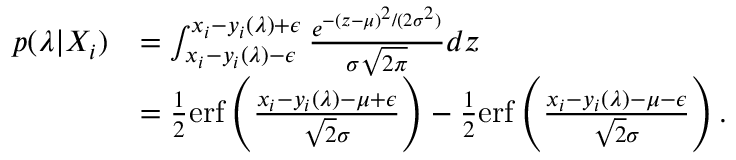
\begin{array} { r l } { p ( \boldsymbol { \lambda } | X _ { i } ) } & { = \int _ { x _ { i } - y _ { i } ( \boldsymbol { \lambda } ) - \epsilon } ^ { x _ { i } - y _ { i } ( \boldsymbol { \lambda } ) + \epsilon } \frac { e ^ { - ( z - \mu ) ^ { 2 } / ( 2 \sigma ^ { 2 } ) } } { \sigma \sqrt { 2 \pi } } d z } \\ & { = \frac { 1 } { 2 } \mathrm { e r f } \left( \frac { x _ { i } - y _ { i } ( \boldsymbol { \lambda } ) - \mu + \epsilon } { \sqrt { 2 } \sigma } \right) - \frac { 1 } { 2 } \mathrm { e r f } \left( \frac { x _ { i } - y _ { i } ( \boldsymbol { \lambda } ) - \mu - \epsilon } { \sqrt { 2 } \sigma } \right) . } \end{array}